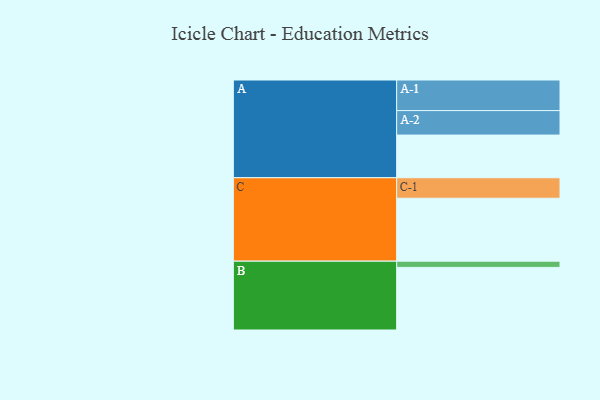
{"axis": {"x": "Segment", "y": "Value"}, "legend": ["", "A", "B", "C"], "data": [{"x": "A", "y": 385, "type": ""}, {"x": "B", "y": 565, "type": ""}, {"x": "C", "y": 568, "type": ""}, {"x": "A-1", "y": 276, "type": "A"}, {"x": "A-2", "y": 221, "type": "A"}, {"x": "B-1", "y": 56, "type": "B"}, {"x": "C-1", "y": 185, "type": "C"}]}